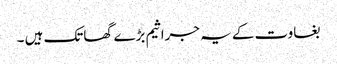
بغاوت کے یہ جراثیم بڑے گھاتک ہیں ۔